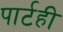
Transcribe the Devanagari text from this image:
पार्टही